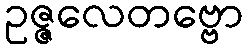
ဥဇ္ဇလေတဗ္ဗော